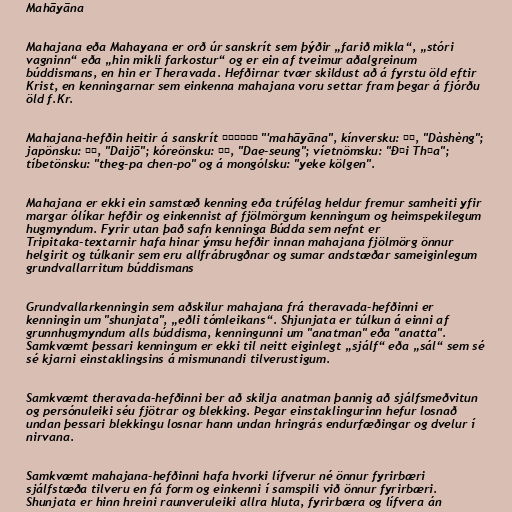
Mahāyāna

Mahajana eða Mahayana er orð úr sanskrít sem þýðir „farið mikla“, „stóri
vagninn“ eða „hin mikli farkostur“ og er ein af tveimur aðalgreinum
búddismans, en hin er Theravada. Hefðirnar tvær skildust að á fyrstu öld eftir
Krist, en kenningarnar sem einkenna mahajana voru settar fram þegar á fjórðu
öld f.Kr.

Mahajana-hefðin heitir á sanskrít महायान "'mahāyāna", kínversku: 大乘, "Dàshèng";
japönsku: 大乗, "Daijō"; kóreönsku: 措铰, "Dae-seung"; víetnömsku: "Đại Thừa";
tíbetönsku: "theg-pa chen-po" og á mongólsku: "yeke kölgen".

Mahajana er ekki ein samstæð kenning eða trúfélag heldur fremur samheiti yfir
margar ólíkar hefðir og einkennist af fjölmörgum kenningum og heimspekilegum
hugmyndum. Fyrir utan það safn kenninga Búdda sem nefnt er
Tripitaka-textarnir hafa hinar ýmsu hefðir innan mahajana fjölmörg önnur
helgirit og túlkanir sem eru allfrábrugðnar og sumar andstæðar sameiginlegum
grundvallarritum búddismans

Grundvallarkenningin sem aðskilur mahajana frá theravada-hefðinni er
kenningin um "shunjata", „eðli tómleikans“. Shjunjata er túlkun á einni af
grunnhugmyndum alls búddisma, kenningunni um "anatman" eða "anatta".
Samkvæmt þessari kenningum er ekki til neitt eiginlegt „sjálf“ eða „sál“ sem sé
sé kjarni einstaklingsins á mismunandi tilverustigum.

Samkvæmt theravada-hefðinni ber að skilja anatman þannig að sjálfsmeðvitun
og persónuleiki séu fjötrar og blekking. Þegar einstaklingurinn hefur losnað
undan þessari blekkingu losnar hann undan hringrás endurfæðingar og dvelur í
nirvana.

Samkvæmt mahajana-hefðinni hafa hvorki lífverur né önnur fyrirbæri
sjálfstæða tilveru en fá form og einkenni í samspili við önnur fyrirbæri.
Shunjata er hinn hreini raunveruleiki allra hluta, fyrirbæra og lífvera án